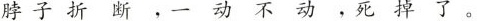
脖子折断，一动不动，死掉了。